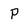
Character: P